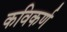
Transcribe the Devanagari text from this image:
कविकर्ण